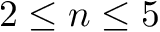
2 \le n \le 5